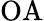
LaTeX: \mathrm{OA}